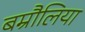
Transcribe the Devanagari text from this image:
बम्रौलिया